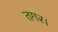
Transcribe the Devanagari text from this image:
तगर।